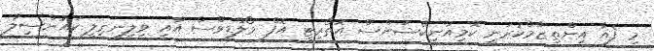
މި ފެއާ އިންތިޒާމްކުރަނީ ކޮމިއުނިކޭޝަންސް އޮތޯރިޓީ އޮފް މޯލްޑިވްސް އާއި ވިލިނގިލީ ކައުންސިލާ